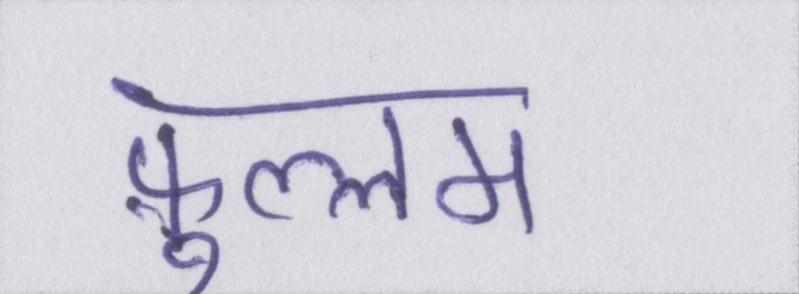
फ़ुल्लम